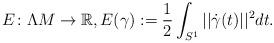
LaTeX: \begin{align*}E\colon \Lambda M\to \mathbb R, E(\gamma):= \frac{1}{2}\int_{S^1} ||\dot{\gamma}(t)||^2 dt.\end{align*}